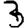
Digit: 3